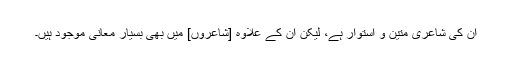
اُن کی شاعری متین و اُستُوار ہے، لیکن اُن کے علاوہ [شاعروں] میں بھی بِسیار معانی موجود ہیں۔